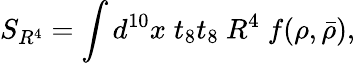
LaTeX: S_{R^{4}}=\int d^{10}x\; t_{8}t_{8}\ R^{4}\; f(\rho,\bar{\rho}),